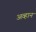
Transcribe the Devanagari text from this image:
अव्हान